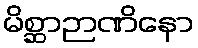
မိစ္ဆာဉာဏိနော